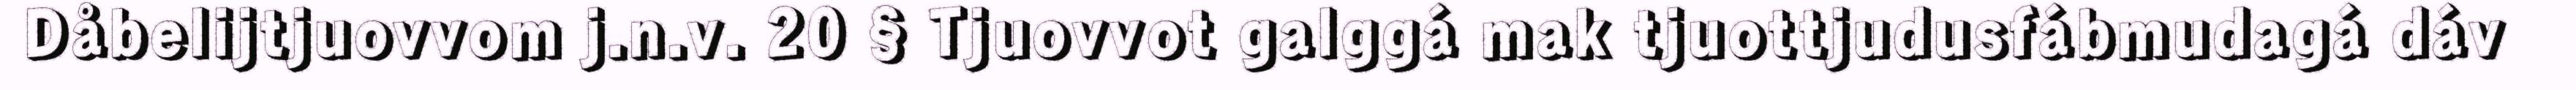
Dåbelijtjuovvom j.n.v. 20 § Tjuovvot galggá mak tjuottjudusfábmudagá dáv